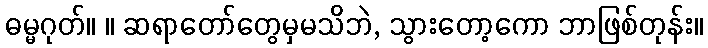
ဓမ္မဂုတ်။ ။ ဆရာတော်တွေမှမသိဘဲ, သွားတော့ကော ဘာဖြစ်တုန်း။